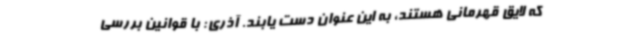
که لایق قهرمانی هستند، به این عنوان دست یابند. آذری: با قوانین بررسی